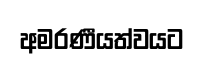
අමරණීයත්වයට